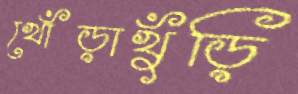
খোঁড়াখুঁড়ি